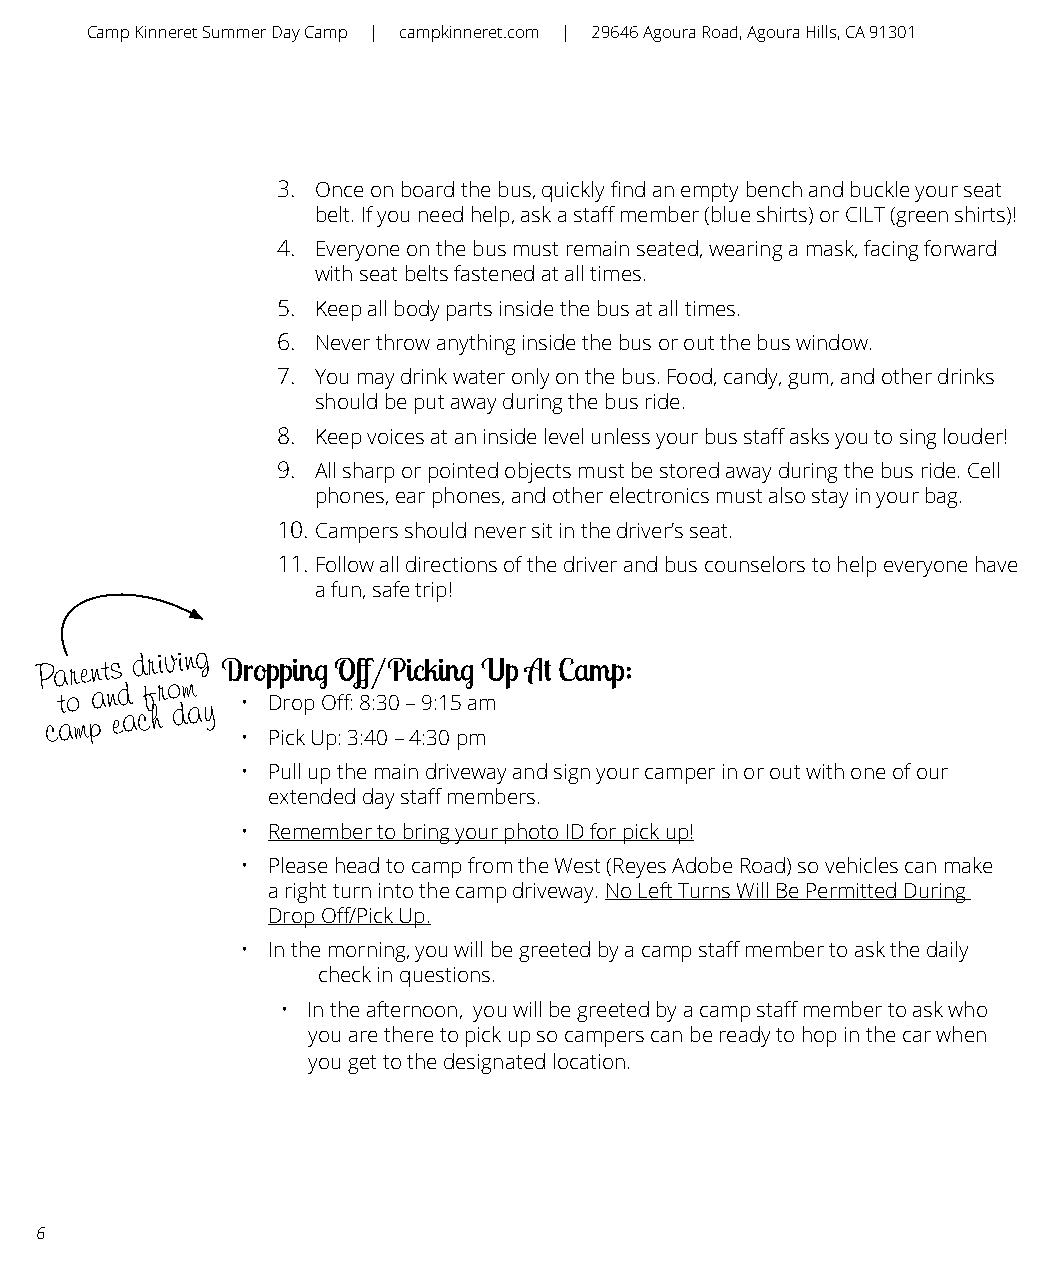
Camp Kinneret Summer Day Camp | campkinneret.com | 29646 Agoura Road, Agoura Hills, CA 91301
 3. Once on board the bus, quickly find an empty bench and buckle your seat
 belt. If you need help, ask a staff member (blue shirts) or CILT (green shirts)!
 4. Everyone on the bus must remain seated, wearing a mask, facing forward
 with seat belts fastened at all times.
 5. Keep all body parts inside the bus at all times.
 6. Never throw anything inside the bus or out the bus window.
 7. You may drink water only on the bus. Food, candy, gum, and other drinks
 should be put away during the bus ride.
 8. Keep voices at an inside level unless your bus staff asks you to sing louder!
 9. All sharp or pointed objects must be stored away during the bus ride. Cell
 phones, ear phones, and other electronics must also stay in your bag.
 10. Campers should never sit in the driver’s seat.
 11. Follow all directions of the driver and bus counselors to help everyone have
 a fun, safe trip!
 Parents
 driving
 Dropping Off/Picking Up At Camp:
 ct ao
 m
 pa n ed
 a
 cf hr o dm ay • Drop Off: 8:30 – 9:15 am
 • Pick Up: 3:40 – 4:30 pm
 • Pull up the main driveway and sign your camper in or out with one of our
 extended day staff members.
 • Remember to bring your photo ID for pick up!
 • Please head to camp from the West (Reyes Adobe Road) so vehicles can make
 a right turn into the camp driveway. No Left Turns Will Be Permitted During
 Drop Off/Pick Up.
 • In the morning, you will be greeted by a camp staff member to ask the daily
 check in questions.
 • In the afternoon, you will be greeted by a camp staff member to ask who
 you are there to pick up so campers can be ready to hop in the car when
 you get to the designated location.
 6